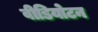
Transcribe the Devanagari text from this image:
वीडियोटन